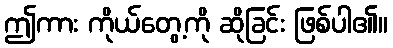
ဤကား ကိုယ်တွေ့ကို ဆိုခြင်း ဖြစ်ပါ၏။